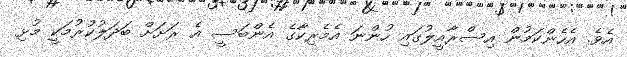
އެވެ. އެހެންކަމުން އިސްރާއީލުގައި ހުންނަ އެމެރިކާގެ އެންބަސީ އެ ރަށަށް ބަދަލުކުރުމަކީ މުޅި